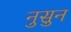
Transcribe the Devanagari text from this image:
नुसुन